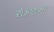
રોકણની